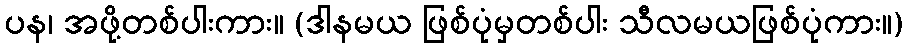
ပန၊ အဖို့တစ်ပါးကား။ (ဒါနမယ ဖြစ်ပုံမှတစ်ပါး သီလမယဖြစ်ပုံကား။)